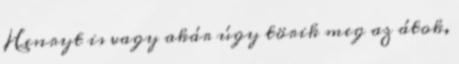
Henryt is vagy akár úgy törik meg az átok,